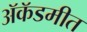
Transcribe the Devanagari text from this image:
ॲकॅडमीत